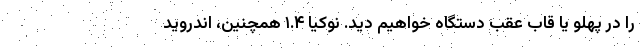
را در پهلو یا قاب عقب دستگاه خواهیم دید. نوکیا ۱.۴ همچنین، اندروید